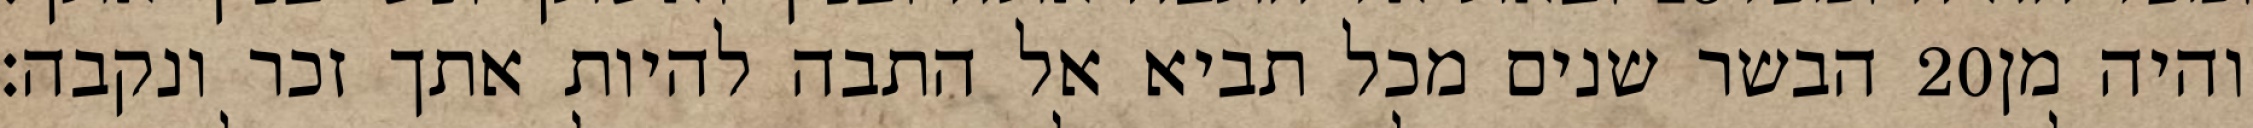
הבשר שנים מכל תביא אל התבה להיות אתך זכר ונקבה׃ ‎20‏ והיה מן